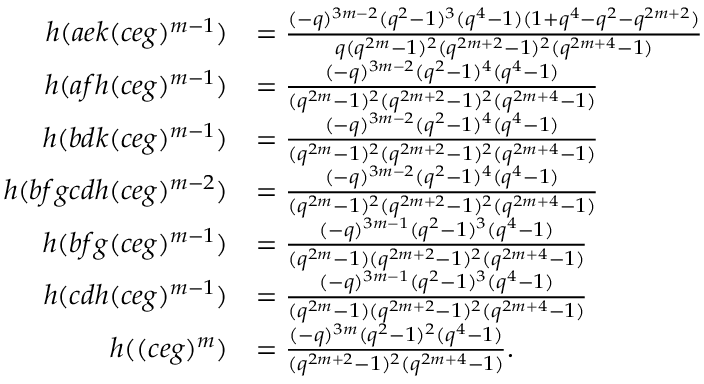
\begin{array} { r l } { h ( a e k ( c e g ) ^ { m - 1 } ) } & { = \frac { ( - q ) ^ { 3 m - 2 } ( q ^ { 2 } - 1 ) ^ { 3 } ( q ^ { 4 } - 1 ) ( 1 + q ^ { 4 } - q ^ { 2 } - q ^ { 2 m + 2 } ) } { q ( q ^ { 2 m } - 1 ) ^ { 2 } ( q ^ { 2 m + 2 } - 1 ) ^ { 2 } ( q ^ { 2 m + 4 } - 1 ) } } \\ { h ( a f h ( c e g ) ^ { m - 1 } ) } & { = \frac { ( - q ) ^ { 3 m - 2 } ( q ^ { 2 } - 1 ) ^ { 4 } ( q ^ { 4 } - 1 ) } { ( q ^ { 2 m } - 1 ) ^ { 2 } ( q ^ { 2 m + 2 } - 1 ) ^ { 2 } ( q ^ { 2 m + 4 } - 1 ) } } \\ { h ( b d k ( c e g ) ^ { m - 1 } ) } & { = \frac { ( - q ) ^ { 3 m - 2 } ( q ^ { 2 } - 1 ) ^ { 4 } ( q ^ { 4 } - 1 ) } { ( q ^ { 2 m } - 1 ) ^ { 2 } ( q ^ { 2 m + 2 } - 1 ) ^ { 2 } ( q ^ { 2 m + 4 } - 1 ) } } \\ { h ( b f g c d h ( c e g ) ^ { m - 2 } ) } & { = \frac { ( - q ) ^ { 3 m - 2 } ( q ^ { 2 } - 1 ) ^ { 4 } ( q ^ { 4 } - 1 ) } { ( q ^ { 2 m } - 1 ) ^ { 2 } ( q ^ { 2 m + 2 } - 1 ) ^ { 2 } ( q ^ { 2 m + 4 } - 1 ) } } \\ { h ( b f g ( c e g ) ^ { m - 1 } ) } & { = \frac { ( - q ) ^ { 3 m - 1 } ( q ^ { 2 } - 1 ) ^ { 3 } ( q ^ { 4 } - 1 ) } { ( q ^ { 2 m } - 1 ) ( q ^ { 2 m + 2 } - 1 ) ^ { 2 } ( q ^ { 2 m + 4 } - 1 ) } } \\ { h ( c d h ( c e g ) ^ { m - 1 } ) } & { = \frac { ( - q ) ^ { 3 m - 1 } ( q ^ { 2 } - 1 ) ^ { 3 } ( q ^ { 4 } - 1 ) } { ( q ^ { 2 m } - 1 ) ( q ^ { 2 m + 2 } - 1 ) ^ { 2 } ( q ^ { 2 m + 4 } - 1 ) } } \\ { h ( ( c e g ) ^ { m } ) } & { = \frac { ( - q ) ^ { 3 m } ( q ^ { 2 } - 1 ) ^ { 2 } ( q ^ { 4 } - 1 ) } { ( q ^ { 2 m + 2 } - 1 ) ^ { 2 } ( q ^ { 2 m + 4 } - 1 ) } . } \end{array}